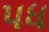
પધ